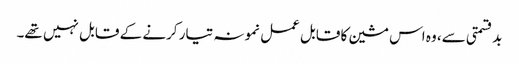
بدقسمتی سے، وہ اس مشین کا قابل عمل نمونہ تیار کرنے کے قابل نہیں تھے۔